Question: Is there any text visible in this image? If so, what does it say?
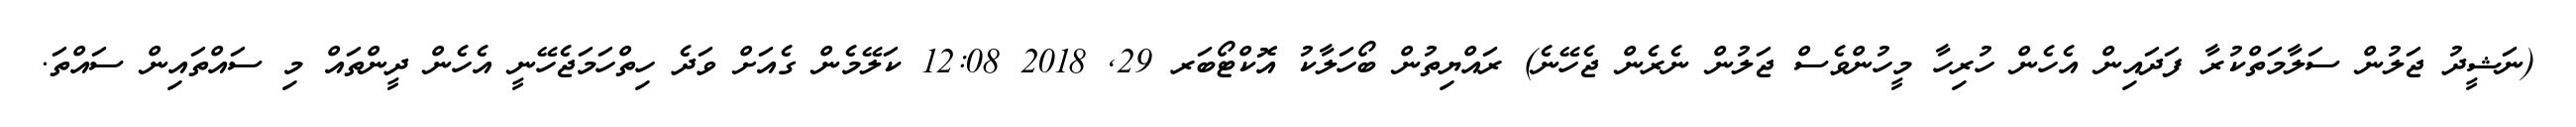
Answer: (ނަޝީދު ޖަލުން ސަލާމަތްކުރާ ފަދައިން އެހެން ހުރިހާ މީހުންވެސް ޖަލުން ނެރެން ޖެހޭނެ) ރައްޔިތުން ބޯހަލާކު އޮކްޓޯބަރ 29, 2018 12:08 ކަލޭމެން ގެއަށް ވަދެ ހިތްހަމަޖެހޭނީ އެހެން ދީންތައް މި ސައްތައިން ސައްތަ.